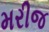
મરીજ